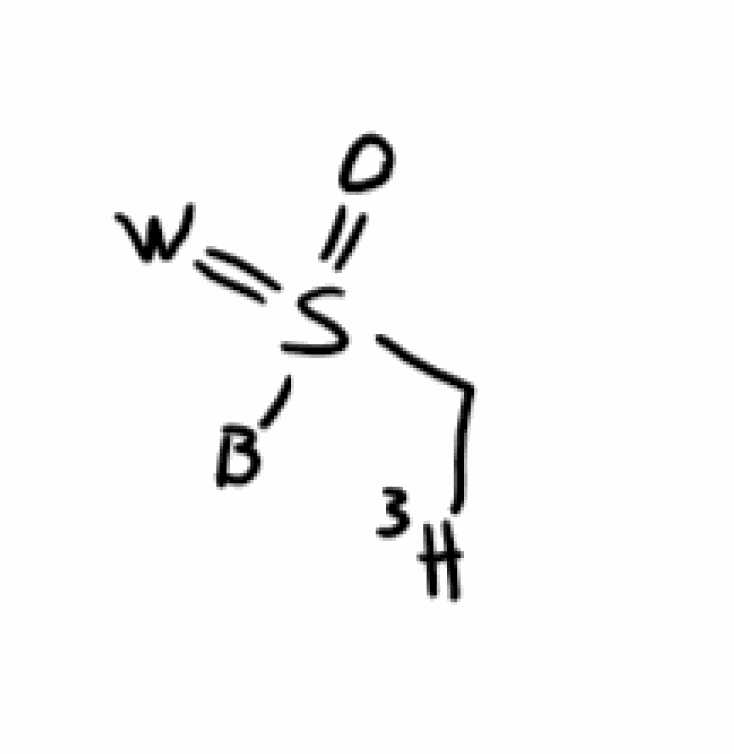
Simplified molecular-input line-entry system (SMILES) notation of the given molecule:
[3H]CS(=O)(=[W])[B]